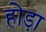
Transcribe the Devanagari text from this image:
होड़ा